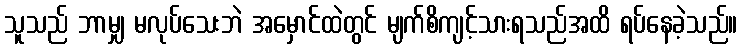
သူသည် ဘာမျှ မလုပ်သေးဘဲ အမှောင်ထဲတွင် မျက်စိကျင့်သားရသည်အထိ ရပ်နေခဲ့သည်။